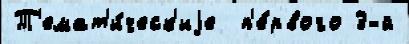
Т'емат'и́ческ'иjе  п'е́рвого 3-й